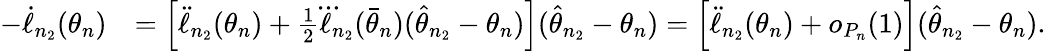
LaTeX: \begin{array}{rl}{-\dot{\ell}_{n_{2}}(\theta_{n})}&{=\left[\ddot{\ell}_{n_{2}}(\theta_{n})+\frac{1}{2}\dddot{\ell}_{n_{2}}(\bar{\theta}_{n})(\hat{\theta}_{n_{2}}-\theta_{n})\right](\hat{\theta}_{n_{2}}-\theta_{n})=\left[\ddot{\ell}_{n_{2}}(\theta_{n})+o_{P_{n}}(1)\right](\hat{\theta}_{n_{2}}-\theta_{n}).}\end{array}